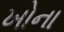
ખોના